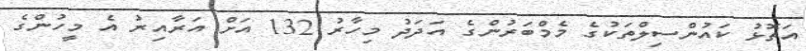
އަތޮޅު ކައުންސިލްތަކުގެ މެމްބަރުންގެ އަދަދު މިހާރު 132 އަށް އަރާއިރު އެ މީހުންގެ